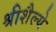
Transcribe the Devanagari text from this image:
श्रीशैल्ये